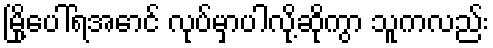
မြို့ပေါ်ရအောင် လုပ်မှာပါလို့ဆိုကွာ သူကလည်း